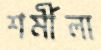
শর্মীলা